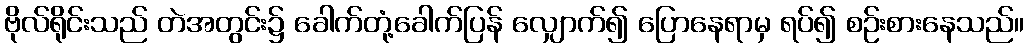
ဗိုလ်ရိုင်းသည် တဲအတွင်း၌ ခေါက်တုံ့ခေါက်ပြန် လျှောက်၍ ပြောနေရာမှ ရပ်၍ စဉ်းစားနေသည်။